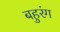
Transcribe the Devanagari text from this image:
बहुरंग